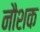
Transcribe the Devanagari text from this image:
नौशक